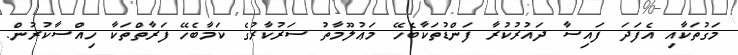
މަގުތަކާއި އެފަދަ ފައިސާ ދައުރުކުރާ ފަންޑުތަކާބެހޭ މަޢުލޫމާތު ސަރުކާރުގެ ކަމާބެހޭ ފަރާތްތަކާ ހިއްސާކުރުން.